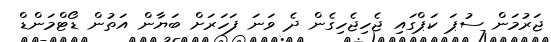
ޖަރުމަން ސުޕަ ކަޕްގައި ޖެހިޖެހިގެން ދެ ވަނަ ފަހަރަށް ބަޔާން އަތުން ޑޯޓްމަންޑް